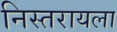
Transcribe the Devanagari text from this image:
निस्तरायला